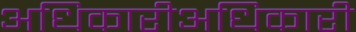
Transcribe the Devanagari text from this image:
अधिकारीअधिकारी